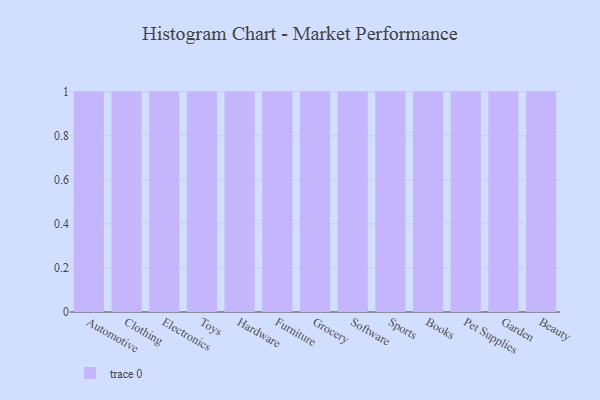
{"axis": {"x": "Category", "y": "Customer Acquisition Cost (USD)"}, "legend": [""], "data": [{"x": "Automotive", "y": 71, "type": ""}, {"x": "Clothing", "y": 97, "type": ""}, {"x": "Electronics", "y": 52, "type": ""}, {"x": "Toys", "y": 31, "type": ""}, {"x": "Hardware", "y": 30, "type": ""}, {"x": "Furniture", "y": 37, "type": ""}, {"x": "Grocery", "y": 20, "type": ""}, {"x": "Software", "y": 33, "type": ""}, {"x": "Sports", "y": 95, "type": ""}, {"x": "Books", "y": 19, "type": ""}, {"x": "Pet Supplies", "y": 71, "type": ""}, {"x": "Garden", "y": 22, "type": ""}, {"x": "Beauty", "y": 17, "type": ""}]}